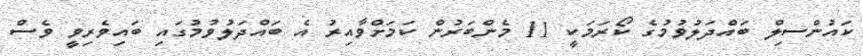
ކައުންސިލް ބައްދަލުވުމުގެ ކޯރަމަކީ 11 މެންބަރުން ކަމަށްވާއިރު އެ ބައްދަލުވުމުގައި ބައިވެރިވީ ވެސް